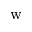
\mathrm { w }